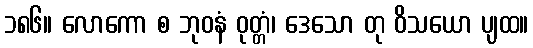
၁၈၆။ လောကော စ ဘုဝနံ ဝုတ္တံ၊ ဒေသော တု ဝိသယော ပျထ။